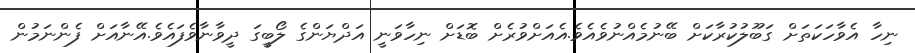
ނިހާ އެވާހަކަތަށް ގަބޫލުކުރާކަށް ބޭނުމެއްނުވެއެވެ.އެއަށްވުރެށް ބޮޑަށް ނިހާވަނީ އަދްޔަންގެ ލޯބީގަ ދީވާނާވެފައެވެ.އޭނާއަށް ފެންނަމުން